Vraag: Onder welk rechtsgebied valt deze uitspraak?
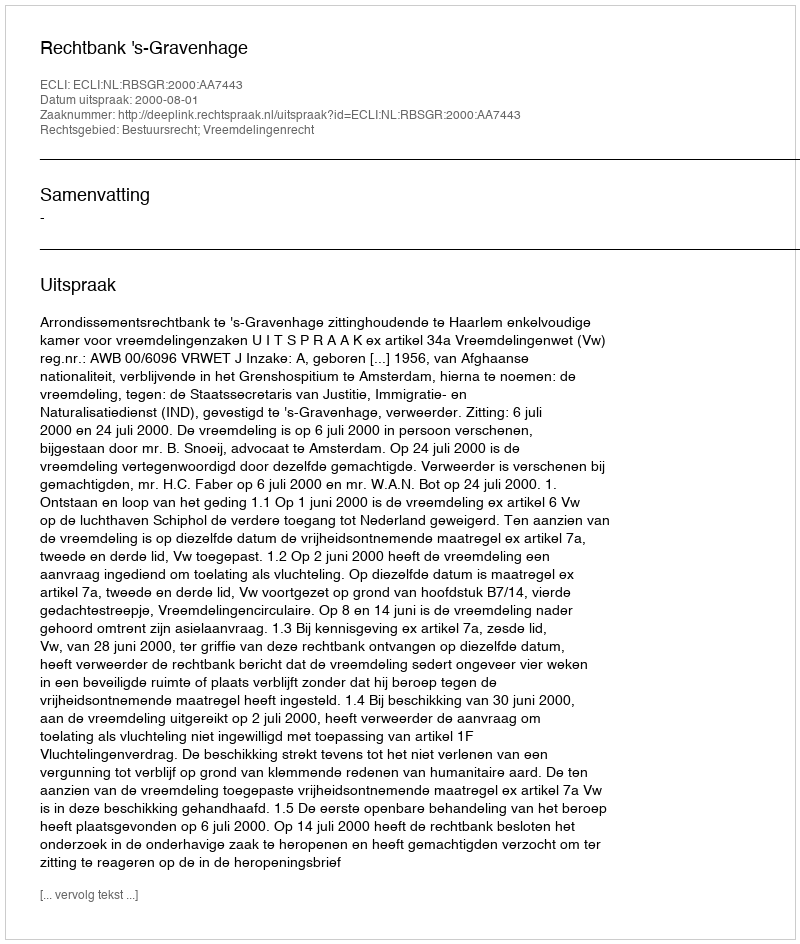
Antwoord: Bestuursrecht; Vreemdelingenrecht